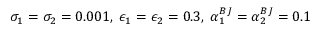
\sigma _ { 1 } = \sigma _ { 2 } = 0 . 0 0 1 , \; \epsilon _ { 1 } = \epsilon _ { 2 } = 0 . 3 , \; \alpha _ { 1 } ^ { B J } = \alpha _ { 2 } ^ { B J } = 0 . 1